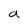
Character: a